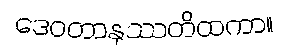
ဒေဝတာနုဿတိထကာ။